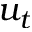
u _ { t }